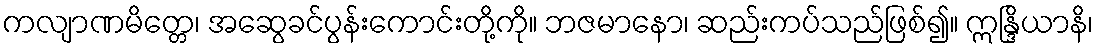
ကလျာဏမိတ္တေ၊ အဆွေခင်ပွန်းကောင်းတို့ကို။ ဘဇမာနော၊ ဆည်းကပ်သည်ဖြစ်၍။ ဣန္ဒြိယာနိ၊